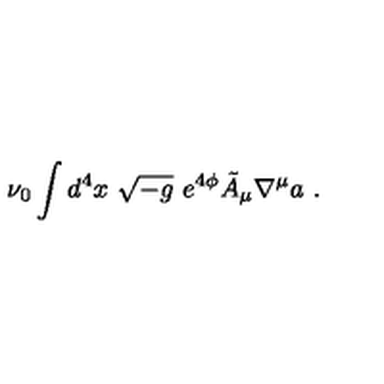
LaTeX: \nu _ { 0 } \int d ^ { 4 } x \ \sqrt { - g } \ e ^ { 4 \phi } \tilde { A } _ { \mu } \nabla ^ { \mu } a \ .